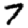
Digit: 7